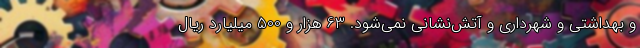
و بهداشتی و شهرداری و آتش‌نشانی نمی‌شود. 63 هزار و 500 میلیارد ریال